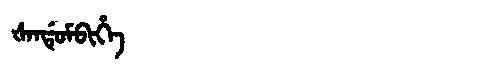
Manchu: ᡧᠠᠨᡩᡠᠮᠪᡳᡥᡝ
Romanization: ŠANDUMBIHE